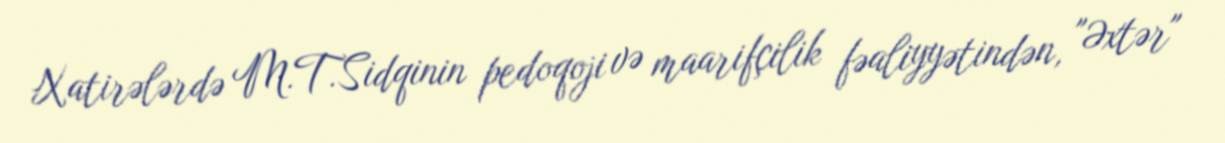
Xatirələrdə M.T.Sidqinin pedoqoji və maarifçilik fəaliyyətindən, "Əxtər"